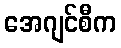
အေဂျင်စီက